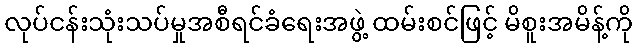
လုပ်ငန်းသုံးသပ်မှုအစီရင်ခံရေးအဖွဲ့ ထမ်းစင်ဖြင့် မိစူးအမိန့်ကို